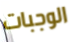
الوجبات